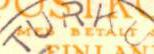
TURKU